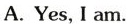
A.Yes, I am.